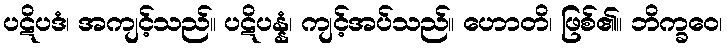
ပဋိပဒံ၊ အကျင့်သည်။ ပဋိပန္နံ၊ ကျင့်အပ်သည်။ ဟောတိ၊ ဖြစ်၏။ ဘိက္ခဝေ၊